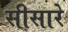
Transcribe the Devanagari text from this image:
सीसारे